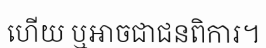
ហើយ ឬអាចជាជនពិការ។